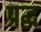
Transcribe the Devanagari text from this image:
प्रद्ध